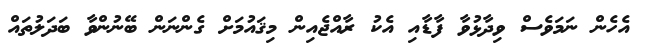
އެހެން ނަމަވެސް ވިދާޅުވާ ފާޑާއި އެކު ރާއްޖެއިން މިޤައުމަށް ގެންނަން ބޭނުންވާ ބަދަލުތައް